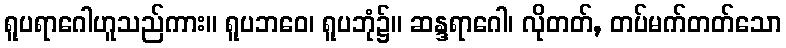
ရူပရာဂေါဟူသည်ကား။ ရူပဘဝေ၊ ရူပဘုံ၌။ ဆန္ဒရာဂေါ၊ လိုတတ်, တပ်မက်တတ်သော